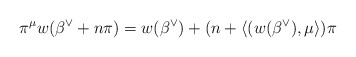
\begin{align*}\pi^\mu w(\beta^\vee + n \pi) = w(\beta^\vee) + (n + \langle(w(\beta^\vee), \mu \rangle ) \pi\end{align*}